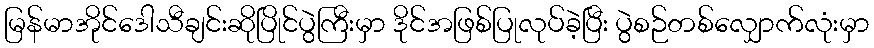
မြန်မာအိုင်ဒေါသီချင်းဆိုပြိုင်ပွဲကြီးမှာ ဒိုင်အဖြစ်ပြုလုပ်ခဲ့ပြီး ပွဲစဉ်တစ်လျှောက်လုံးမှာ